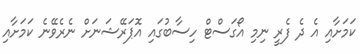
ކަމަށާއި އެ ދެ ފެރީ ނިމި އޯގަސްޓް ހިސާބުގައި އޮޕަރޭޝަނަށް ނެރެވޭނެ ކަމަށާއި